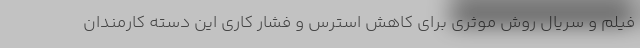
فیلم و سریال روش موثری برای کاهش استرس و فشار کاری این دسته کارمندان